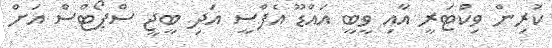
ކުރިން ވިކްޓަރީ އާއި ވީބީ އައްޑޫ އެފްސީ އަދި ބީޖީ ސްޕޯޓްސް އަށް